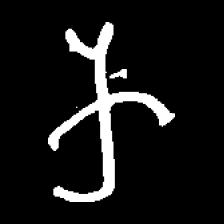
Pyu character \u2014 Myanmar letter: က (romanized: ka)